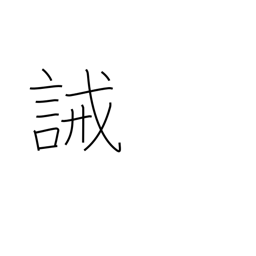
Meaning: prohibit